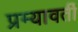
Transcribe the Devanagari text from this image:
प्रम्यावर्ती